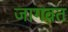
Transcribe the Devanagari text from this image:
जागवत